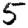
Digit: 5